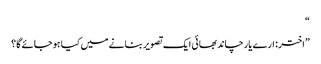
“
”اختر: ارے یار چاند بھائی ایک تصویر بنانے میں کیا ہوجائے گا؟